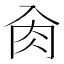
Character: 肏